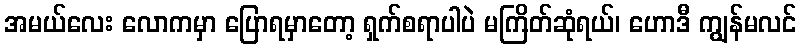
အမယ်လေး လောကမှာ ပြောရမှာတော့ ရှက်စရာပါပဲ မကြိတ်ဆုံရယ်၊ ဟောဒီ ကျွန်မလင်